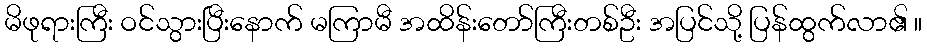
မိဖုရားကြီး ဝင်သွားပြီးနောက် မကြာမီ အထိန်းတော်ကြီးတစ်ဦး အပြင်သို့ ပြန်ထွက်လာ၏ ။